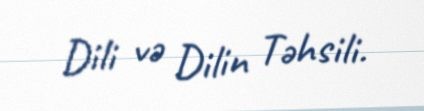
Dili və Dilin Təhsili.